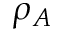
\rho _ { A }